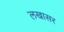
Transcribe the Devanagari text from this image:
लखासर